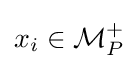
x_{i}\in {\mathcal {M}}_{P}^{+}